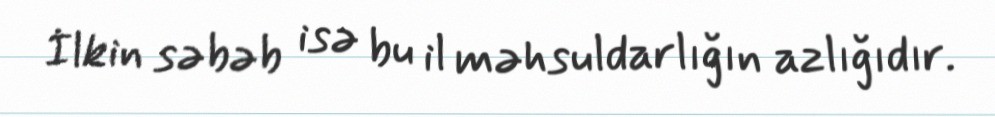
İlkin səbəb isə bu il məhsuldarlığın azlığıdır.